Indian journal of veterinary science and animal husbandry - Volume 9,
Year: 1939
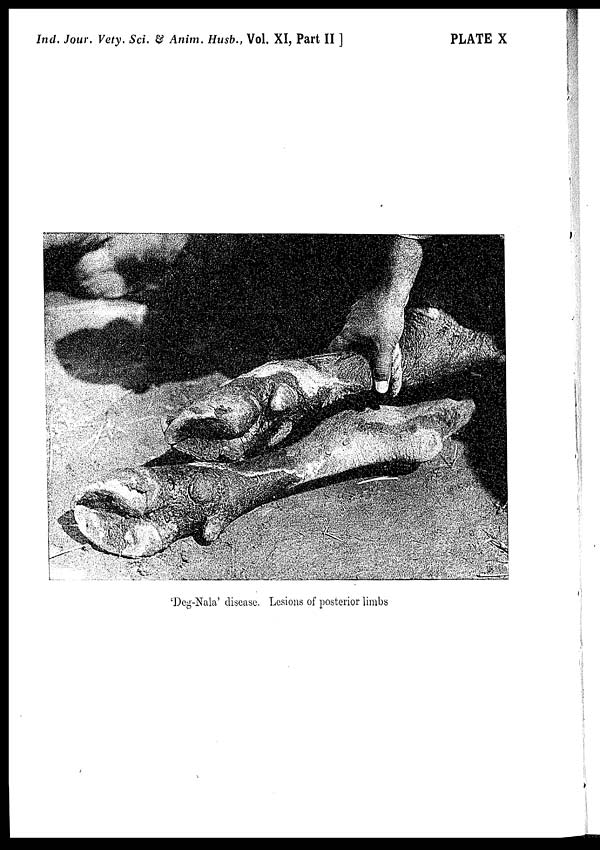
Ind. Jour. Vety. Sci. & Anim. Husb., Vol. XI, Part II ]
PLATE X
'Deg-Nala' disease. Lesions of posterior limbs